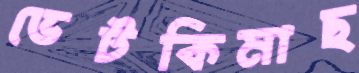
ভেটকিমাছ